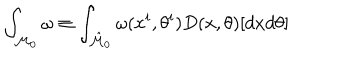
\int _ { { \cal M } _ { 0 } } \omega \equiv \int _ { \hat { \cal M } _ { 0 } } \omega ( x ^ { i } , \theta ^ { i } ) D ( x , \theta ) [ d x d \theta ]